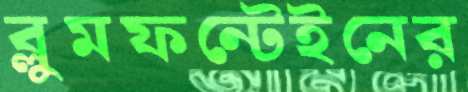
ব্লুমফন্টেইনের